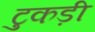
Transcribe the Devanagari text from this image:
टुकड़ी